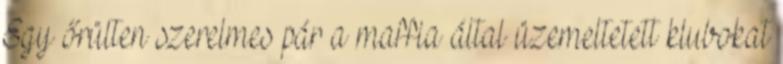
Egy őrülten szerelmes pár a maffia által üzemeltetett klubokat